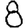
Digit: 8